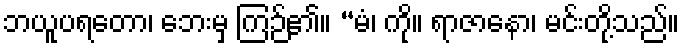
ဘယူပရတော၊ ဘေးမှ ကြဉ်၏။ “မံ၊ ကို။ ရာဇာနော၊ မင်းတို့သည်။